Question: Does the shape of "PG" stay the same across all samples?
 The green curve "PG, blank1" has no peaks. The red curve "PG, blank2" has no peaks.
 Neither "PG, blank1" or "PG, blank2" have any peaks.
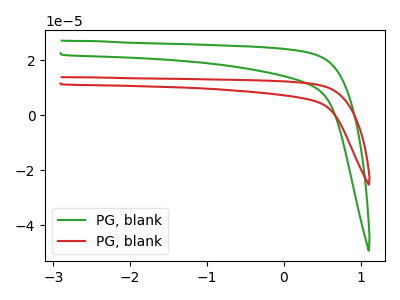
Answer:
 <answer>All the CV's of "PG" have similar shape.</answer>
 <eval>follow_rule</eval>